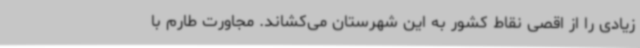
زیادی را از اقصی نقاط کشور به این شهرستان می‌کشاند. مجاورت طارم با